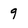
Character: 9